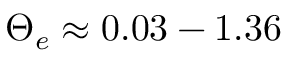
\Theta _ { e } \approx 0 . 0 3 - 1 . 3 6